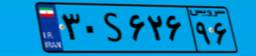
۳۰S۶۲۶۹۶